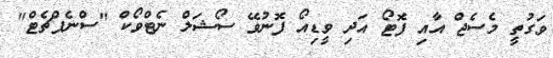
ވަގުތީ މެސެޖް އާއި ފޮޓޯ އަދި ވީޑިއޯ ފޮނުވޭ ސޯޝަލް ނެޓްވޯކް "ސްނެޕްޗެޓް"